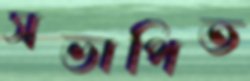
সভাপিত